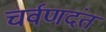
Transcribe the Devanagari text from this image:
चर्वणदंत